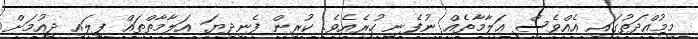
މިމުއްދަތުގައި އެއްވެސް ޢަލާމާތެއް ނުފެނި ހުރެއެވެ. ކުރިން ފެނިދިޔަ އަލާމާތްތައް ފިލައި ދިއުމަށް